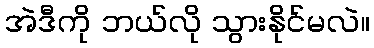
အဲဒီကို ဘယ်လို သွားနိုင်မလဲ။